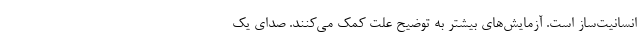
انسانیت‌ساز است. آزمایش‌های بیشتر به توضیح علت کمک می‌کنند. صدای یک